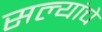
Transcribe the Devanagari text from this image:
सल्यांचे